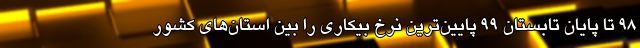
۹۸ تا پایان تابستان ۹۹ پایین‌ترین نرخ بیکاری را بین استان‌های کشور